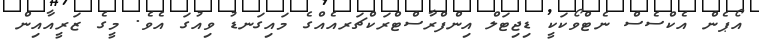
އޯޕެން އެކްސެސް ނެޓްވޯކަކީ ޑިޖިޓަލް އިންފްރާސްޓްރަކްޗަރއެއްގެ މައިގަނޑު ވިއުގަ އެވެ. މީގެ ޒަރީއާއިން